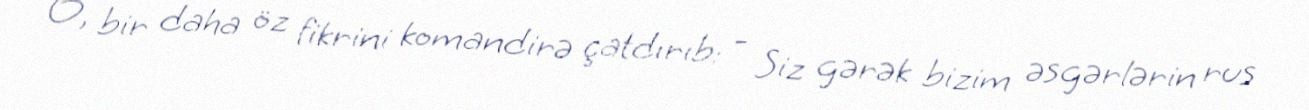
O, bir daha öz fikrini komandirə çatdırıb: - Siz gərək bizim əsgərlərin rus